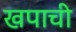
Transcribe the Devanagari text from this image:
खपाची